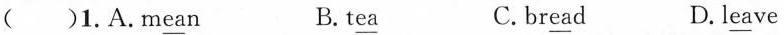
( )1.A.M\underline{ea}n B.t\underline{ea} C. br\underline{ea}d D.l\underline{ea}ve